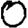
Digit: 0